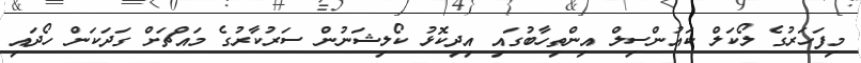
މިފަހަރުގެ ލޯކަލް ކައުންސިލް އިންތިހާބުގައި އިދިކޮޅު ކޯލިޝަނުން ސަރުކާރުގެ މައްޗަށް ގަދަކަން ހޯދައި